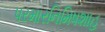
પરમારનિમિષશાહ